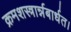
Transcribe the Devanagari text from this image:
क्रमशस्त्रार्न्नबार्धत।